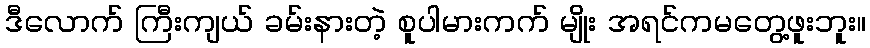
ဒီလောက် ကြီးကျယ် ခမ်းနားတဲ့ စူပါမားကက် မျိုး အရင်ကမတွေ့ဖူးဘူး။